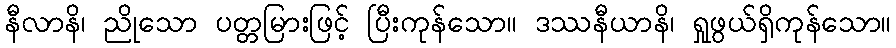
နီလာနိ၊ ညိုသော ပတ္တမြားဖြင့် ပြီးကုန်သော။ ဒဿနီယာနိ၊ ရှုဖွယ်ရှိကုန်သော။